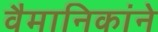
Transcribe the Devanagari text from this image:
वैमानिकांने